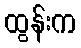
ထွန်းက